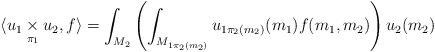
\begin{align*} \langle u_1\underset{\pi_1}{\times}u_2, f \rangle = \int_{M_2} \left(\int_{M_{1\pi_2(m_2)}} u_{1\pi_2(m_2)}(m_1)f(m_1,m_2)\right)u_2(m_2)\end{align*}